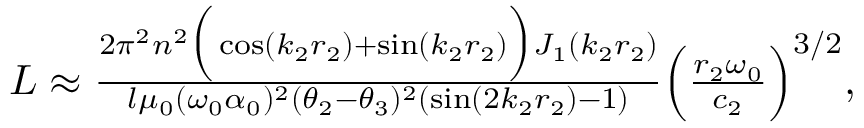
\begin{array} { r } { L \approx \frac { 2 \pi ^ { 2 } n ^ { 2 } \Big ( \cos ( k _ { 2 } r _ { 2 } ) + \sin ( k _ { 2 } r _ { 2 } ) \Big ) J _ { 1 } ( k _ { 2 } r _ { 2 } ) } { l \mu _ { 0 } ( \omega _ { 0 } \alpha _ { 0 } ) ^ { 2 } ( \theta _ { 2 } - \theta _ { 3 } ) ^ { 2 } ( \sin ( 2 k _ { 2 } r _ { 2 } ) - 1 ) } \Big ( \frac { r _ { 2 } \omega _ { 0 } } { c _ { 2 } } \Big ) ^ { 3 / 2 } , } \end{array}